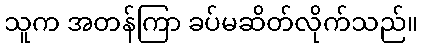
သူက အတန်ကြာ ခပ်မဆိတ်လိုက်သည်။